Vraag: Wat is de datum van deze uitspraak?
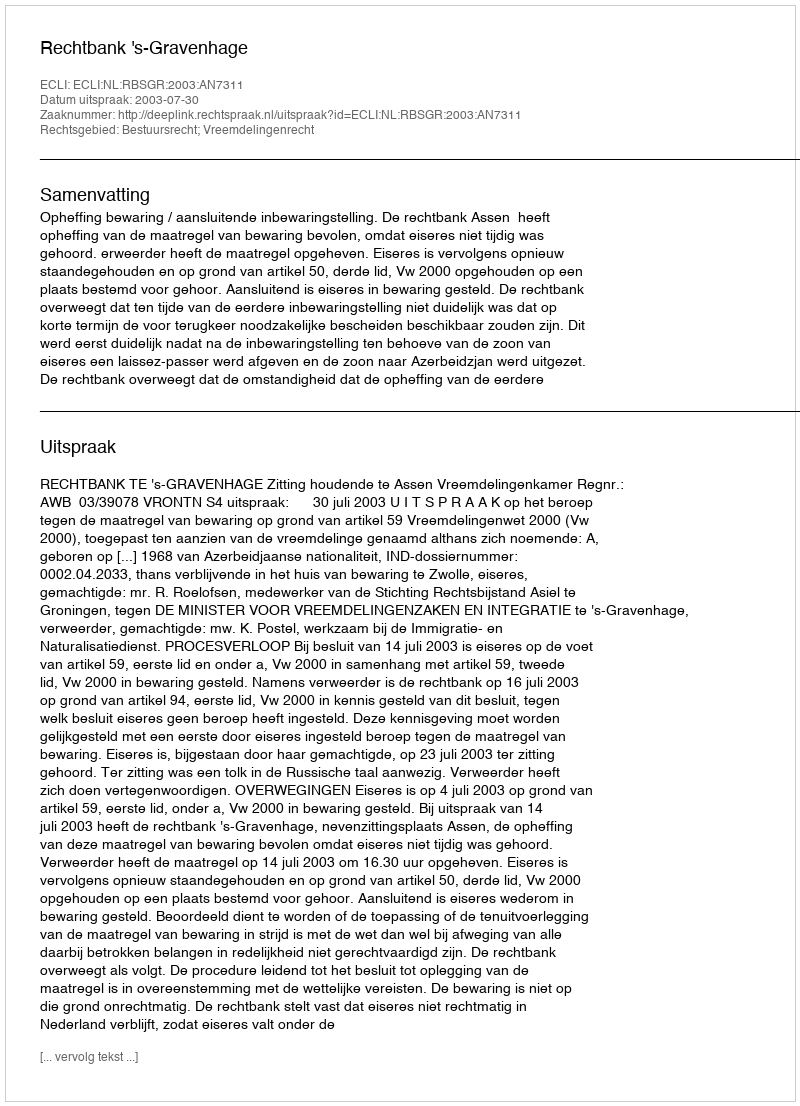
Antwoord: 2003-07-30